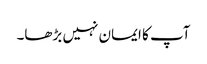
آپ کا ایمان نہیں بڑھا۔